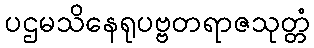
ပဌမသိနေရုပဗ္ဗတရာဇသုတ္တံ